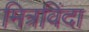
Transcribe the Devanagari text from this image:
मित्रविंदा